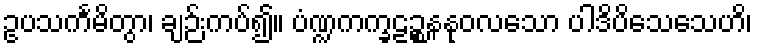
ဥပသင်္ကမိတွာ၊ ချဉ်းကပ်၍။ ပံဏ္ဍကက္ခဠဉ္စနနုဝလသော ပါဒိပိသေသေဟိ၊